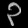
Digit: ၃